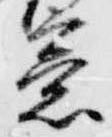
意